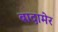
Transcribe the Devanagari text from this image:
बादामेर